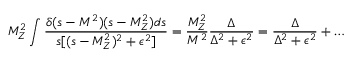
M _ { Z } ^ { 2 } \int { \frac { \delta ( s - M ^ { 2 } ) ( s - M _ { Z } ^ { 2 } ) d s } { s [ ( s - M _ { Z } ^ { 2 } ) ^ { 2 } + \epsilon ^ { 2 } ] } } = { \frac { M _ { Z } ^ { 2 } } { M ^ { 2 } } } { \frac { \Delta } { \Delta ^ { 2 } + \epsilon ^ { 2 } } } = { \frac { \Delta } { \Delta ^ { 2 } + \epsilon ^ { 2 } } } + \ldots